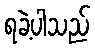
ရခဲ့ပါသည်